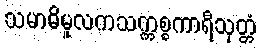
သမာဓိမူလကသက္ကစ္စကာရီသုတ္တံ